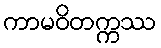
ကာမဝိတက္ကဿ